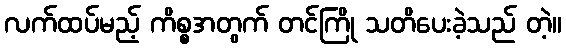
လက်ထပ်မည့် ကိစ္စအတွက် တင်ကြို သတိပေးခဲ့သည် တဲ့။